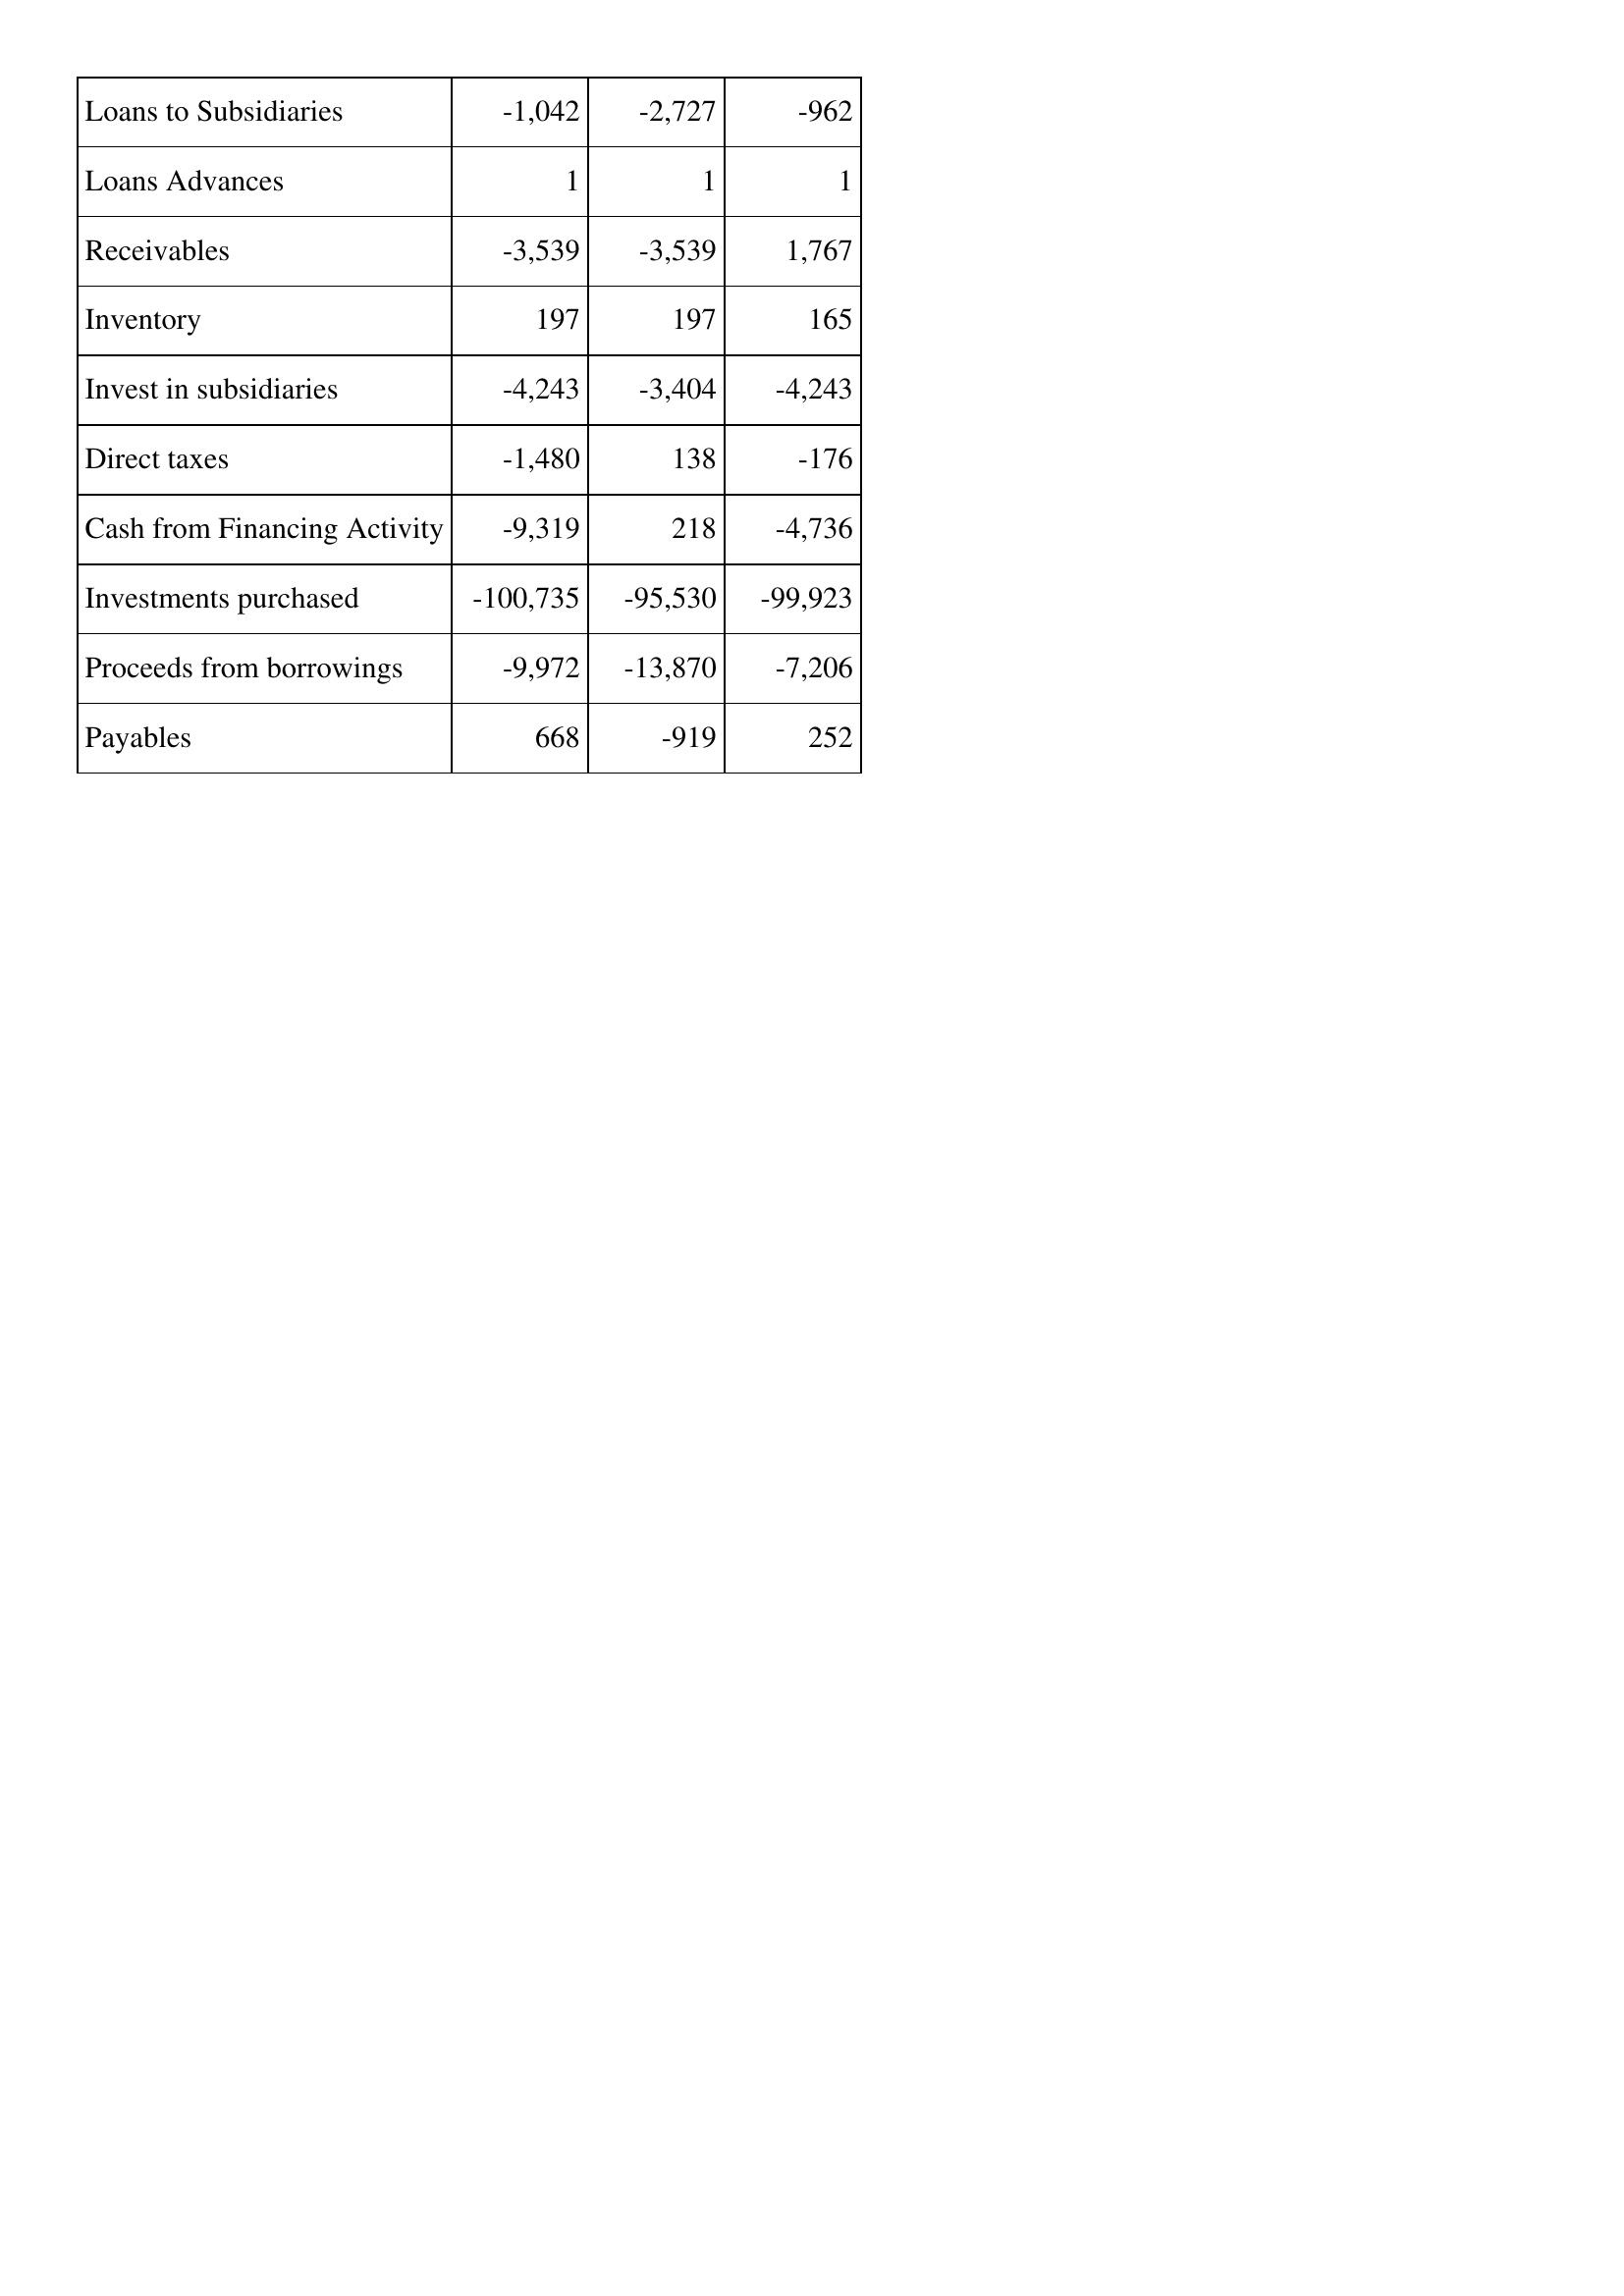
May-16: Cash Flows: Loans to Subsidiaries: -1,042
Loans Advances: 1
Receivables: -3,539
Inventory: 197
Invest in subsidiaries: -4,243
Direct taxes: -1,480
Cash from Financing Activity: -9,319
Investments purchased: -100,735
Proceeds from borrowings: -9,972
Payables: 668
May-17: Cash Flows: Loans to Subsidiaries: -2,727
Loans Advances: 1
Receivables: -3,539
Inventory: 197
Invest in subsidiaries: -3,404
Direct taxes: 138
Cash from Financing Activity: 218
Investments purchased: -95,530
Proceeds from borrowings: -13,870
Payables: -919
May-18: Cash Flows: Loans to Subsidiaries: -962
Loans Advances: 1
Receivables: 1,767
Inventory: 165
Invest in subsidiaries: -4,243
Direct taxes: -176
Cash from Financing Activity: -4,736
Investments purchased: -99,923
Proceeds from borrowings: -7,206
Payables: 252